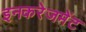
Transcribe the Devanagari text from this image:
इनकरेजमेंट